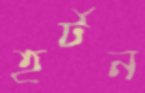
হর্টন